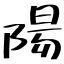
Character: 陽